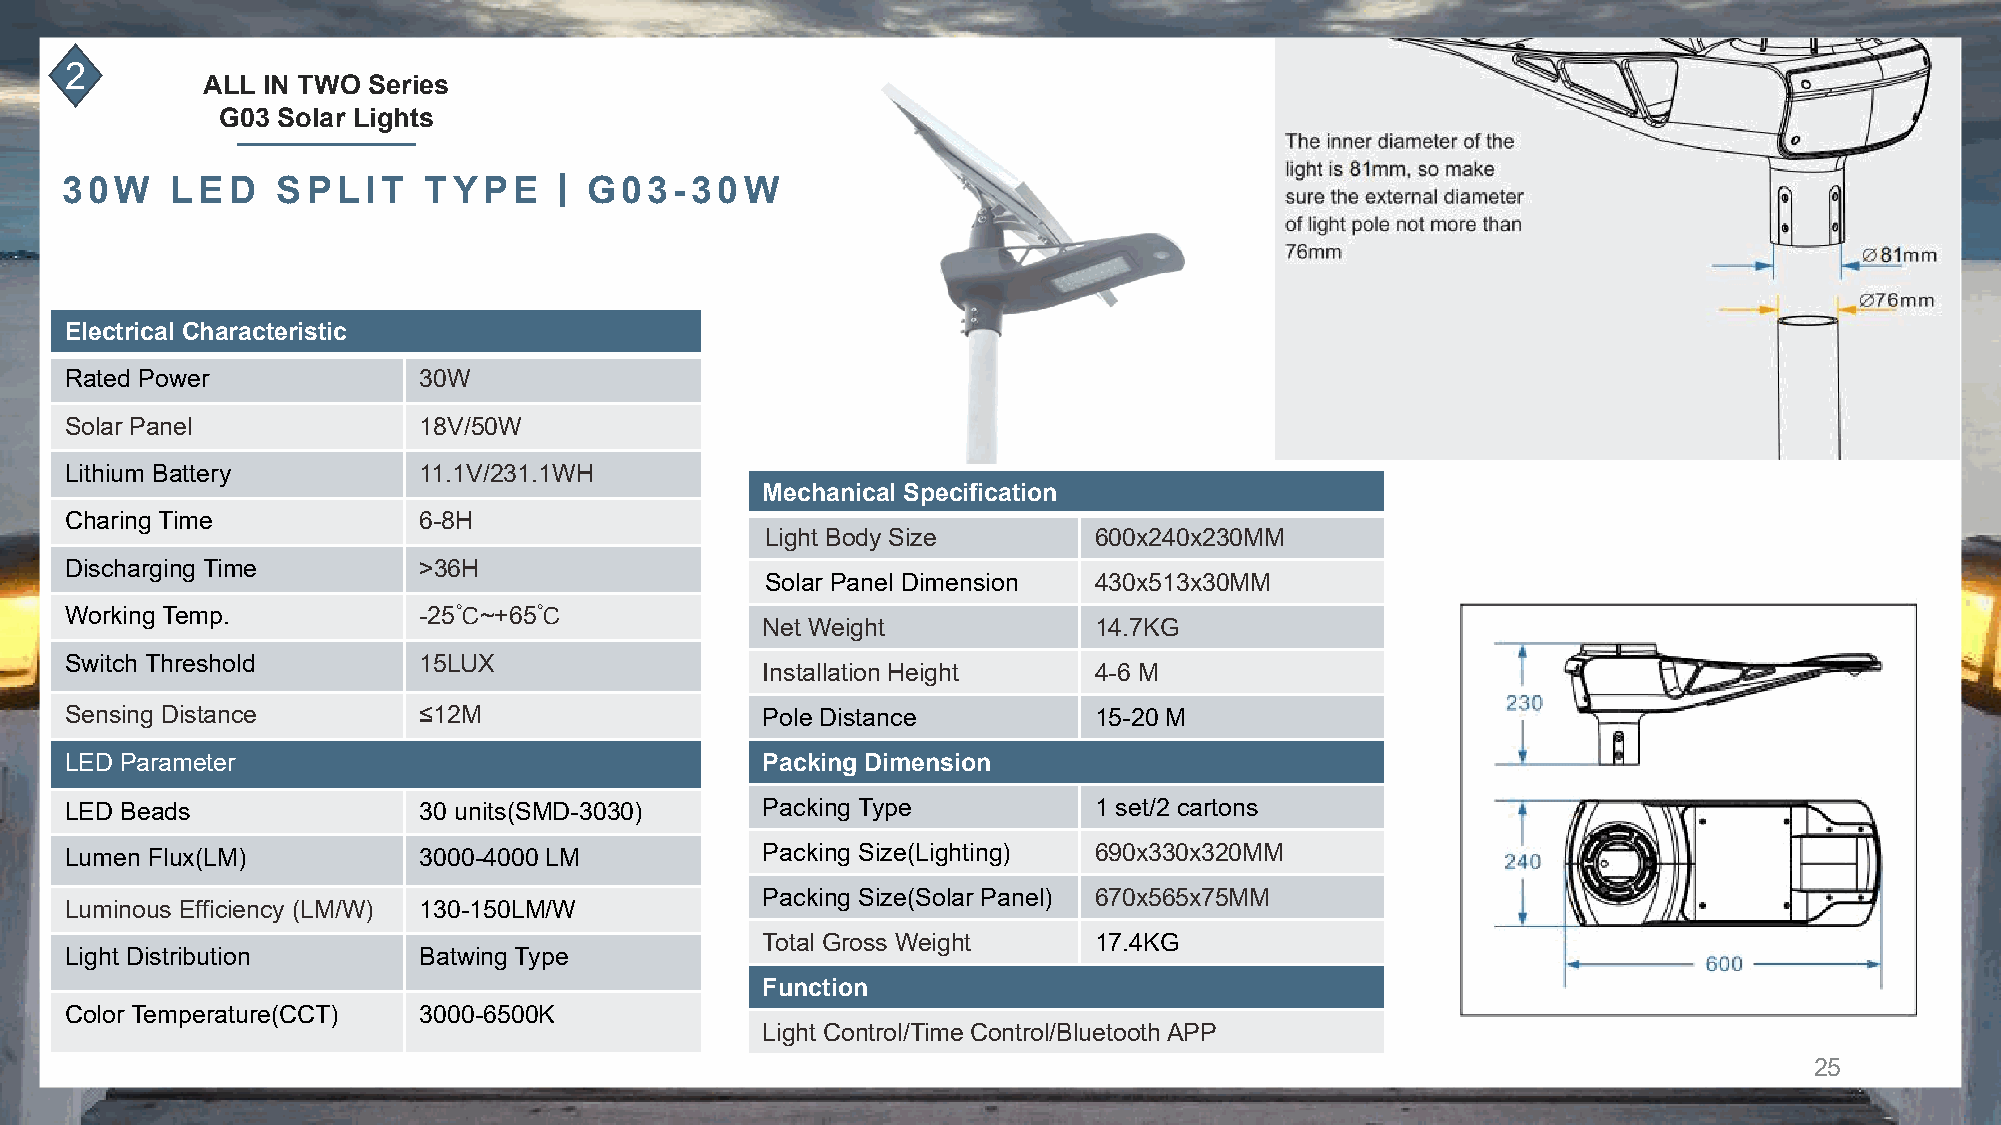
2
 ALL IN TWO Series
 G03 Solar Lights
 丨
 30W    LED    SPLIT     TYPE       G03-30W
 Electrical Characteristic
 Rated Power             30W
 Solar Panel             18V/50W
 Lithium Battery         11.1V/231.1WH
 Mechanical Specification
 Charing Time            6-8H
 Light Body Size      600x240x230MM
 Discharging Time        >36H
 Solar Panel Dimension 430x513x30MM
 Working Temp.           -25℃~+65℃
 Net Weight            14.7KG
 Switch Threshold        15LUX
 Installation Height   4-6 M
 Sensing Distance        ≤12M                  Pole Distance         15-20 M
 LED Parameter                                 Packing Dimension
 LED Beads               30 units(SMD-3030)    Packing Type          1 set/2 cartons
 Lumen Flux(LM)          3000-4000 LM          Packing Size(Lighting) 690x330x320MM
 Packing Size(Solar Panel) 670x565x75MM
 Luminous Efficiency (LM/W) 130-150LM/W
 Total Gross Weight    17.4KG
 Light Distribution      Batwing Type
 Function
 Color Temperature(CCT)  3000-6500K
 Light Control/Time Control/Bluetooth APP
 25